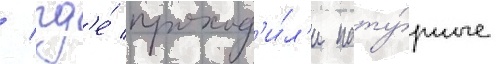
/ гд'е́ проход'и́л'и нату́рные